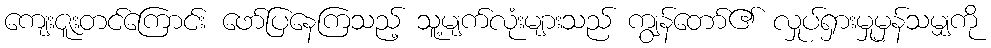
ကျေးဇူးတင်ကြောင်း ဖော်ပြနေကြသည့် သူ့မျက်လုံးများသည် ကျွန်တော်၏ လှုပ်ရှားမှုမှန်သမျှကို